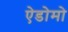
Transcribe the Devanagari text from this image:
ऐडोमो